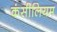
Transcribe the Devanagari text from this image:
कंसीलियम